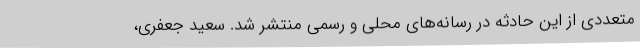
متعددی از این حادثه در رسانه‌های محلی و رسمی منتشر شد. سعید جعفری،